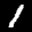
Label: 1